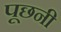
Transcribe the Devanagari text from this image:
पूछनी